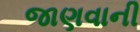
જાણવાની